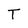
Character: T